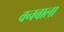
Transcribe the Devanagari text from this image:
वनबाला